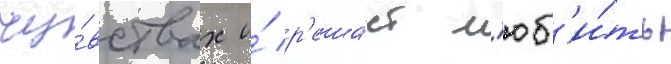
чу́вствах и́ р'еша́ет л'юб'и́ть